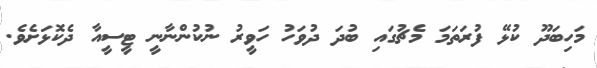
މަހިބަދޫ ކުޅޭ ފުރަތަމަ މެޗުގައި ބުދަ ދުވަހު ހަވީރު ނުކުންނާނީ ޓީސީއާ ދެކޮޅަށެވެ.